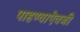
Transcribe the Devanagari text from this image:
पाहण्याऐवजी